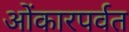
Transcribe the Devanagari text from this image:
ओंकारपर्वत